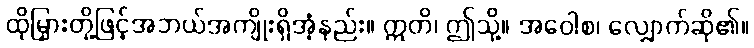
ထိုမြှားတို့ဖြင့်အဘယ်အကျိုးရှိအံ့နည်း။ ဣတိ၊ ဤသို့။ အဝေါစ၊ လျှောက်ဆို၏။